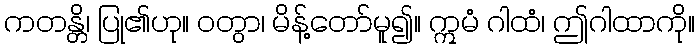
ကတန္တိ၊ ပြု၏ဟု။ ဝတွာ၊ မိန့်တော်မူ၍။ ဣမံ ဂါထံ၊ ဤဂါထာကို။